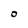
Character: O